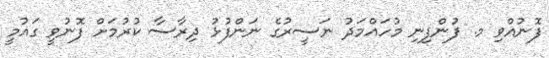
ފޮނުއްވި މ. ފުންފިނި މުހައްމަދު ނަސީރުގެ ނަންފުޅު ދިރާސާ ކުރުމަށް ފޮނުވީ ގައުމީ